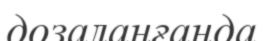
дозаланғанда